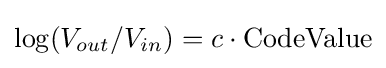
\log(V_{out}/V_{in})=c\cdot \mathrm {CodeValue}